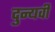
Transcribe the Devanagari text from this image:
दुन्यवी